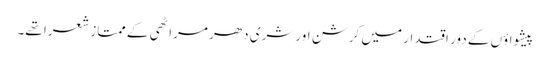
پیشواؤں کے دور اقتدار میں کرشن اور شری دھر مراٹھی کے ممتاز شعرا تھے۔